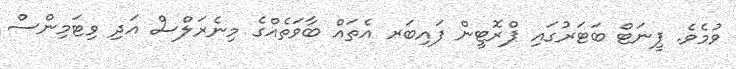
ވުމެވެ. ޕީނަޓް ބަޓަރުގައި ޕްރޮޓީން ފައިބަރ އެތައް ބާވަތެއްގެ މިނެރަލްސް އަދި ވިޓަމިންސް